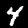
Digit: 4